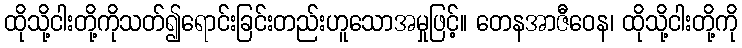
ထိုသို့ငါးတို့ကိုသတ်၍ရောင်းခြင်းတည်းဟူသောအမှုဖြင့်။ တေနအာဇီဝေန၊ ထိုသို့ငါးတို့ကို